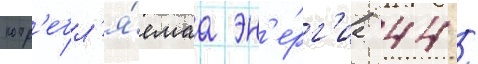
потр'ебл'я́емаа эн'е́рг'иа 44 /